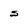
Character: s